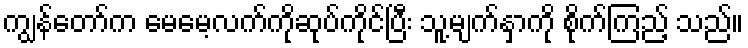
ကျွန်တော်က မေမေ့လက်ကိုဆုပ်ကိုင်ပြီး သူ့မျက်နှာကို စိုက်ကြည့် သည်။